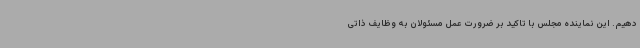
دهیم. این نماینده مجلس با تاکید بر ضرورت عمل مسئولان به وظایف ذاتی